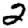
Digit: 2